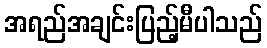
အရည်အချင်းပြည့်မီပါသည်